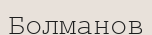
Болманов